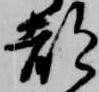
都